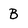
Character: B